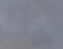
Text: UOUT